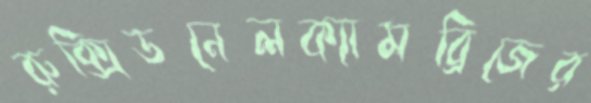
রুক্সিডনেলক্যামব্রিজের